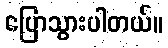
ပြောသွားပါတယ်။